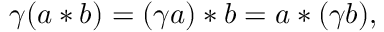
\gamma ( a * b ) = ( \gamma a ) * b = a * ( \gamma b ) ,